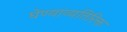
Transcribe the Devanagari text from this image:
घेण्याव्यतिरिक्त